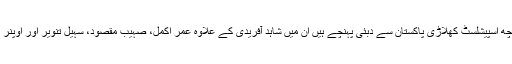
ٹوئنٹی ٹوئنٹی فارمیٹ کے جو چھ اسپیشلسٹ کھلاڑی پاکستان سے دبئی پہنچے ہیں ان میں شاہد آفریدی کے علاوہ عمر اکمل، صہیب مقصود، سہیل تنویر اور اوپنر رفعت اللہ مہمند بھی شامل ہیں۔